Report on horse surra - Volume I
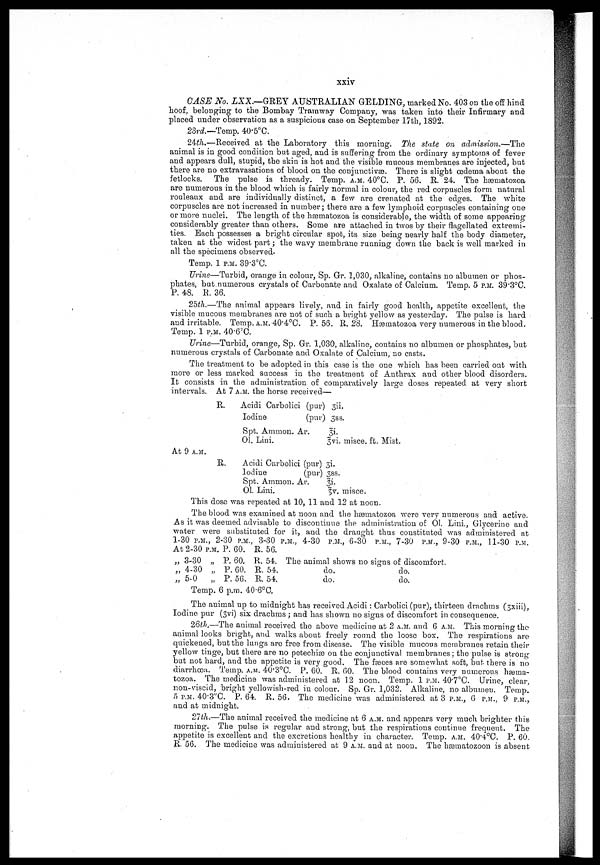
xxiv
CASE No. LXX.—GREY AUSTRALIAN GELDING, marked No. 403 on the off hind
hoof, belonging to the Bombay Tramway Company, was taken into their Infirmary and
placed under observation as a suspicious case on September 17th, 1892.
23rd.—Temp. 40.5°C.
24th.—Received at the Laboratory this morning. The state on admission.—The
animal is in good condition but aged, and is suffering from the ordinary symptoms of fever
and appears dull, stupid, the skin is hot and the visible mucous membranes are injected, but
there are no extravasations of blood on the conjunctivæ. There is slight œdema about the
fetlocks. The pulse is thready. Temp. A.M. 40°C. P. 56. R. 24. The hæmatozoa
are numerous in the blood which is fairly normal in colour, the red corpuscles form natural
rouleaux and are individually distinct, a few are crenated at the edges. The white
corpuscles are not increased in number; there are a few lymphoid corpuscles containing one
or more nuclei. The length of the hæmatozoa is considerable, the width of some appearing-
considerably greater than others. Some are attached in twos by their flagellated extremi-
ties. Each possesses a bright circular spot, its size being nearly half the body diameter,
taken at the widest part; the wavy membrane running down the back is well marked in
all the specimens observed.
Temp. 1 P.M. 39.3°C.
Urine—Turbid, orange in colour, Sp. Gr. 1,030, alkaline, contains no albumen or phos-
phates, but numerous crystals of Carbonate and Oxalate of Calcium. Temp. 5 P.M. 39.3°C.
P. 48. R. 36.
25th.—The animal appears lively, and in fairly good health, appetite excellent, the
visible mucous membranes are not of such, a bright yellow as yesterday. The pulse is hard
and irritable. Temp. A.M. 40.4°C. P. 56. R. 28. Hæmatozoa very numerous in the blood.
Temp. 1 P.M. 40.6°C.
Urine—Turbid, orange, Sp. Gr. 1,030, alkaline, contains no albumen or phosphates, but
numerous crystals of Carbonate and Oxalate of Calcium, no casts.
The treatment to be adopted in this case is the one which has been carried out with
more or less marked success in the treatment of Anthrax and other blood disorders.
It consists in the administration of comparatively large doses repeated at very short
intervals. At 7 A.M. the horse received—
R.
Acidi Carbolici (pur) 3ii.
Iodine
(pur) 3ss.
Spt. Ammon. Ar.
3i.
01. Lini.
3vi.
misce. ft. Mist.
At 9 A.M.
R.
Acidi Carbolici (pur) 3i.
lodiue
(pur) 3ss.
Spt. Ammon. Ar.
3i.
Ol. Lini.
3v.
misce.
This dose was repeated at 10, 11 and 12 at noon.
The blood was examined at noon and the hæmatozoa were very numerous and active.
As it was deemed advisable to discontinue the administration of 01. Lini., Glycerine and
water were substituted for it, and the draught thus constituted was administered at
1-30 P.M., 2-30 P.M., 3-30 P.M., 4-30 P.M., 6-30 P.M., 7-30 P.M., 9-30 P.M., 11-30 P.M.
At 2-30 P.M. P. 60. R. 56.
„ 3-30 „ P. 60. R. 54. The animal shows no signs of discomfort.
„ 4-30 „ P. 60. R. 54.
do.
do.
„ 5-0
„ P. 56. R. 54.
do.
do.
Temp. 6 p.m. 40.6°C.
The animal up to midnight has received Acidi: Carbolici (pur), thirteen drachms (3xiii),
Iodine pur (3vi) six drachms ; and has shown no signs of discomfort in consequence.
26th.—The animal, received the above medicine at 2 A.M. and 6 A.M. This morning the
animal looks bright, and walks about freely round the loose box. The respirations are
quickened, but the lungs are free from disease. The visible mucous membranes retain their
yellow tinge, but there are no petechiæ on the conjunctival membranes; the pulse is strong
but not hard, and the appetite is very good. The fæces are somewhat soft, but there is no
diarrhœa. Temp. A.M. 40.3°C. P. 60. R. 60. The blood contains very numerous hæma-
tozoa. The medicine was administered at 12 noon. Temp. 1 P.M. 40.7°C. Urine, clear,
non-viscid, bright yellowish-red in colour. Sp. Gr. 1,032. Alkaline, no albumen. Temp.
5 P.M. 40.3°C. P. 64. R. 56. The medicine was administered at 3 P.M., 6 P.M., 9 P.M.,
and at midnight.
27th.—The animal received the medicine at 6 A.M. and appears very much brighter this
morning. The pulse is regular and strong, but the respirations continue frequent. The
appetite is excellent and the excretions healthy in character. Temp. A.M. 40.4°C. P. 60.
R. 56. The medicine was administered at 9 A.M. and at noon. The hæmatozoon is absent